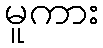
မူကား